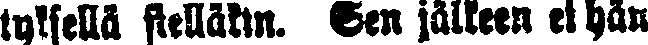
tyksellä sielläkin. Sen jälkeen ei hän